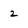
Character: 2